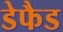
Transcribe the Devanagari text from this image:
डेफैड